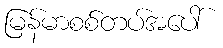
မြန်မာစစ်တပ်အပေါ်